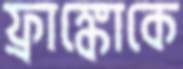
ফ্রাঙ্কোকে